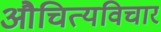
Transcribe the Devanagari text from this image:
औचित्यविचार